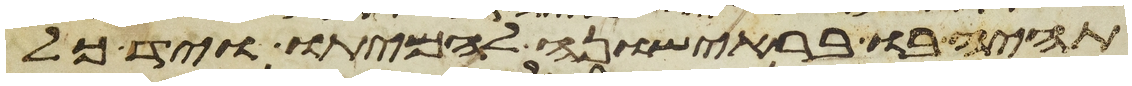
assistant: תהיה בו בראישונה להמיתו ויד כל